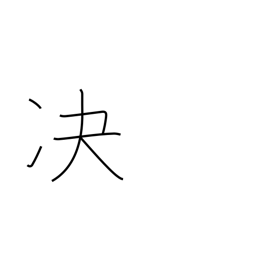
Meaning: decide